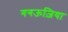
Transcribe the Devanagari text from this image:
गगऊज़िया